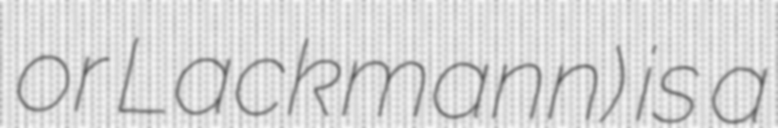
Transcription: or Lackmann) is a